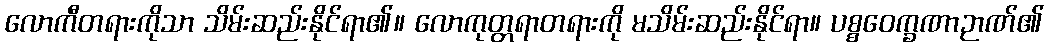
လောကီတရားကိုသာ သိမ်းဆည်းနိုင်ရာ၏။ လောကုတ္တရာတရားကို မသိမ်းဆည်းနိုင်ရာ။ ပစ္စဝေက္ခဏာဉာဏ်၏